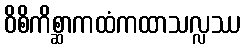
ဝိစိကိစ္ဆာကထံကထာသလ္လဿ